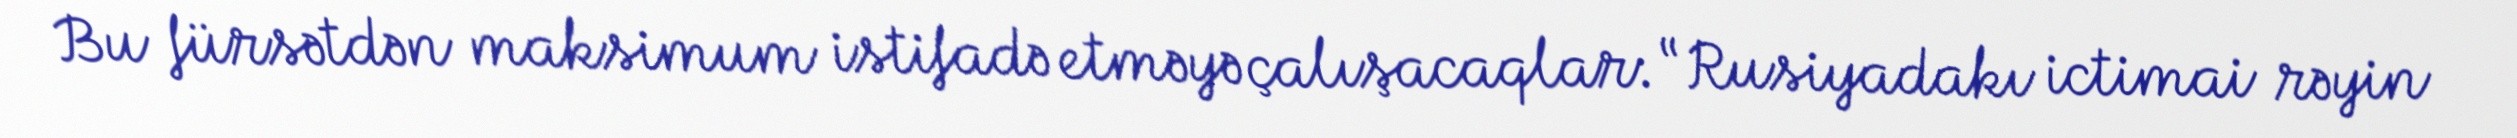
Bu fürsətdən maksimum istifadə etməyə çalışacaqlar: “Rusiyadakı ictimai rəyin